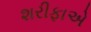
શરીફાએ